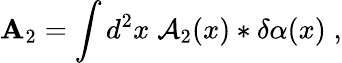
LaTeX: {\mathbf A}_{2}=\int d^{2}x\; {\cal A}_{2}(x)*\delta\alpha(x)\; ,